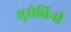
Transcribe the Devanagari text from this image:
मुसेविनी